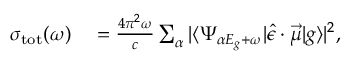
\begin{array} { r l } { \sigma _ { \mathrm { t o t } } ( \omega ) } & { { } = \frac { 4 \pi ^ { 2 } \omega } { c } \sum _ { \alpha } | \langle \Psi _ { \alpha E _ { g } + \omega } | \hat { \epsilon } \cdot \vec { \mu } | g \rangle | ^ { 2 } , } \end{array}